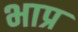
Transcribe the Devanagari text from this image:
भाप्र